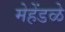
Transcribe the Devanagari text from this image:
मेहेंडळे